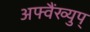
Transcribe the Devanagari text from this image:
अफ्वैंख्युप्